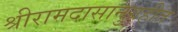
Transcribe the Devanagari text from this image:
श्रीरामदासानुग्रहीत